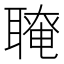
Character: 𦗆